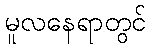
မူလနေရာတွင်